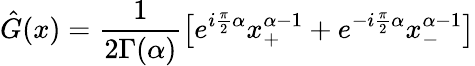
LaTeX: \hat{G}(x)=\frac{1}{2\Gamma(\alpha)}\left[e^{i\frac{\pi}{2}\alpha}x_{+}^{\alpha-1}+e^{-i\frac{\pi}{2}\alpha}x_{-}^{\alpha-1}\right]